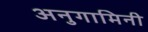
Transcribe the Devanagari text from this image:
अनुगामिनी